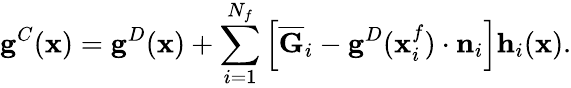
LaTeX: \mathbf{g}^{C}(\mathbf{x})=\mathbf{g}^{D}(\mathbf{x})+\sum_{i=1}^{N_{f}}\left[\overline{{\mathbf{G}}}_{i}-\mathbf{g}^{D}(\mathbf{x}_{i}^{f})\cdot\mathbf{n}_{i}\right]\mathbf{h}_{i}(\mathbf{x}).